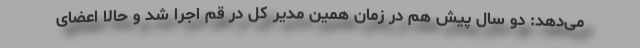
می‌دهد: دو سال پیش هم در زمان همین مدیر کل در قم اجرا شد و حالا اعضای